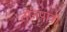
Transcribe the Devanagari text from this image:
तीनपात्री